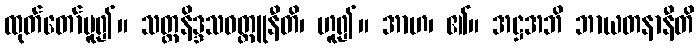
ထုတ်တော်မူ၍။ သတ္တနိဒ္ဒသဝတ္ထူနီတိ၊ ဟူ၍။ အာဟ၊ ၏။ အဋ္ဌအဘိ ဘာယတနာနီတိ